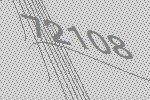
72108